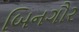
બિનગૌર